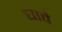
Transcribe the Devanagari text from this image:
घावे